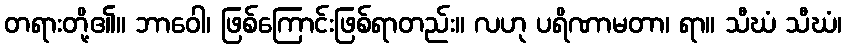
တရားတို့၏။ ဘာဝေါ၊ ဖြစ်ကြောင်းဖြစ်ရာတည်း။ လဟု ပရိဏာမတာ၊ ရာ။ သီဃံ သီဃံ၊